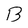
Character: B